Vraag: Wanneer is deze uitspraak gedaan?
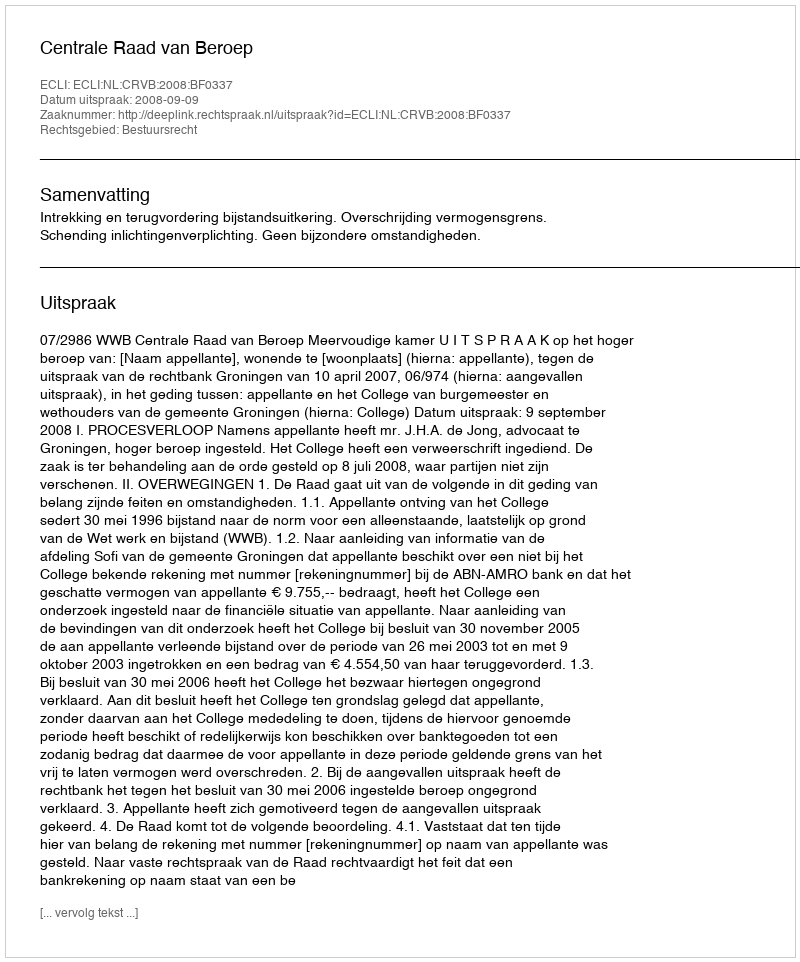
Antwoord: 2008-09-09